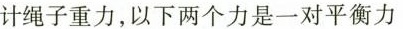
计绳子重力，以下两个力是一对平衡力